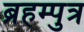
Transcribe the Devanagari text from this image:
ब्रहम्पुत्र